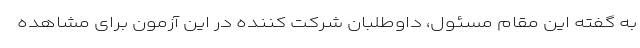
به گفته‌ این مقام مسئول، داوطلبان شرکت کننده در این آزمون برای مشاهده